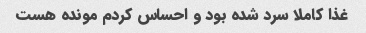
غذا کاملا سرد شده بود و احساس کردم مونده هست